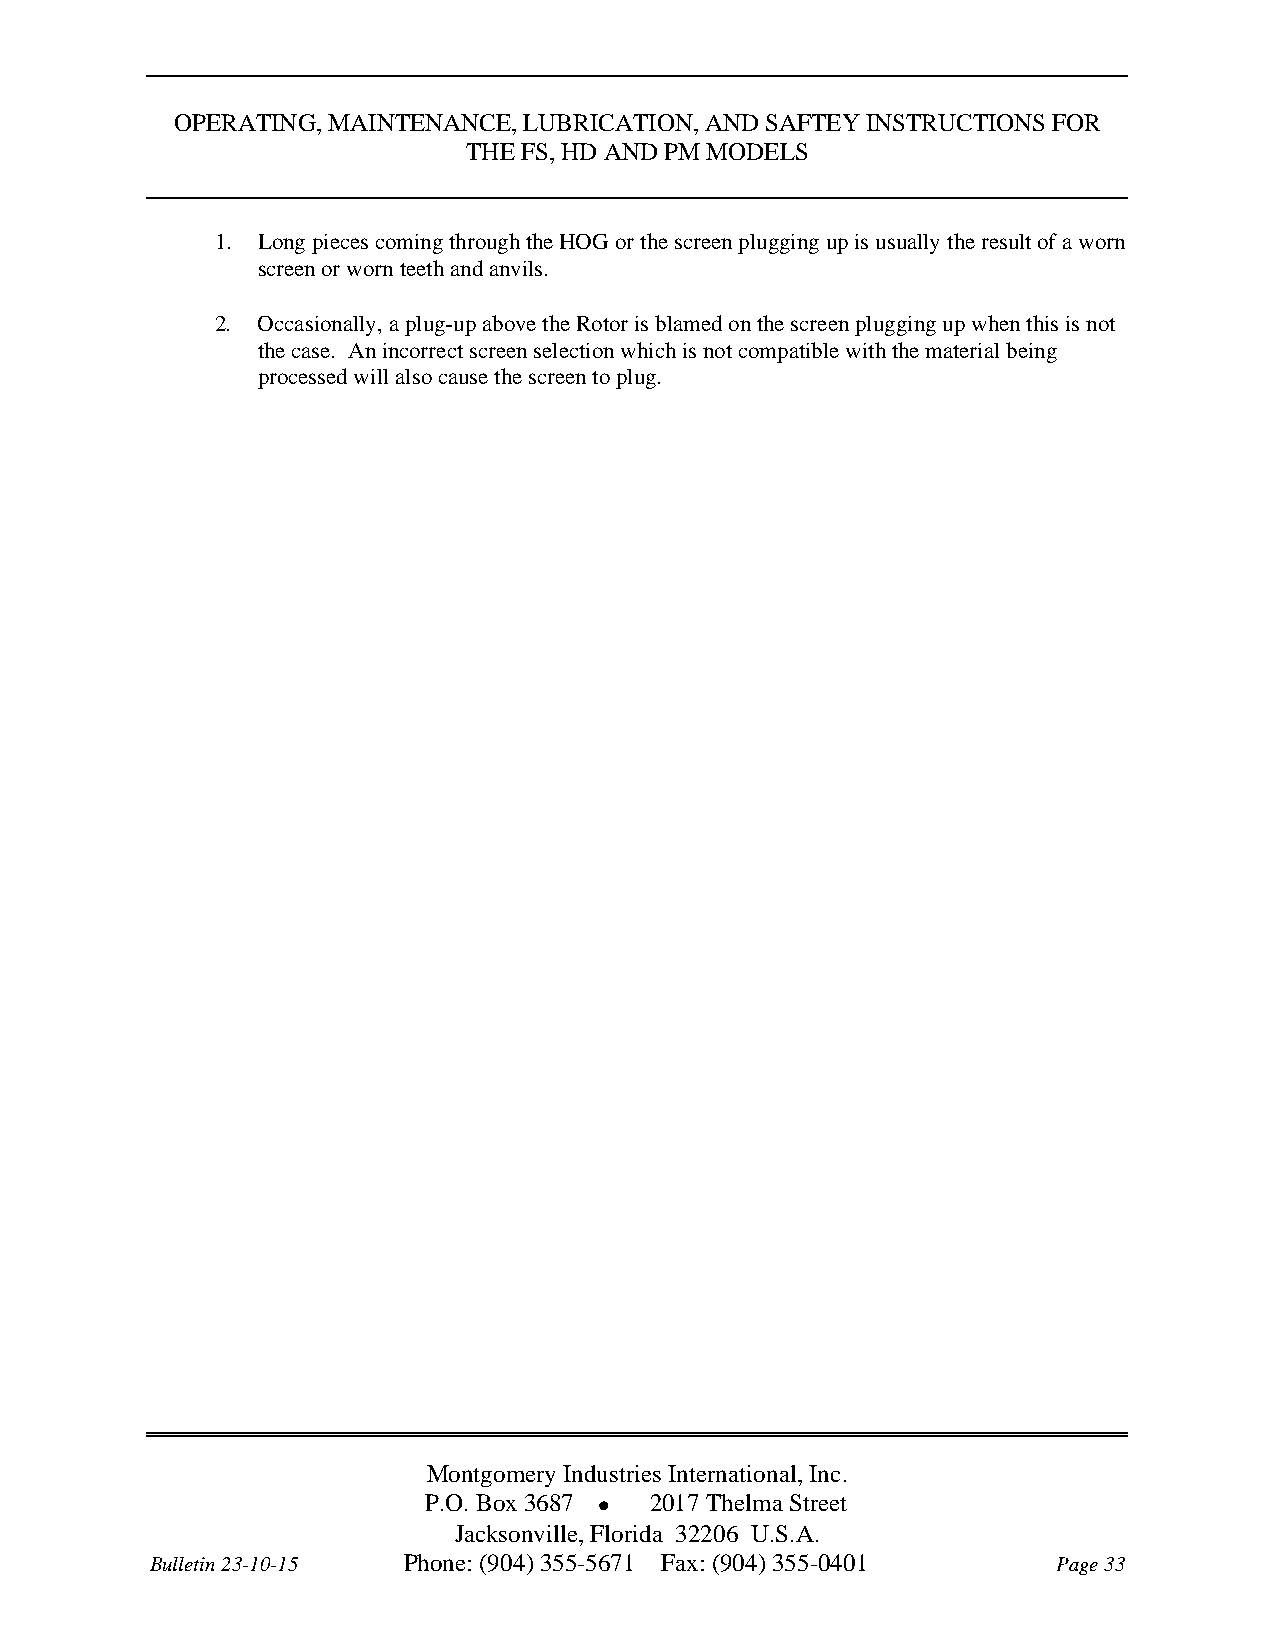
OPERATING, MAINTENANCE, LUBRICATION, AND SAFTEY INSTRUCTIONS FOR
 THE FS, HD AND PM MODELS
 1. Long pieces coming through the HOG or the screen plugging up is usually the result of a worn
 screen or worn teeth and anvils.
 2. Occasionally, a plug-up above the Rotor is blamed on the screen plugging up when this is not
 the case. An incorrect screen selection which is not compatible with the material being
 processed will also cause the screen to plug.
 Montgomery Industries International, Inc.
 P.O. Box 3687  2017 Thelma Street
 Jacksonville, Florida 32206 U.S.A.
 Bulletin 23-10-15 Phone: (904) 355-5671 Fax: (904) 355-0401 Page 33